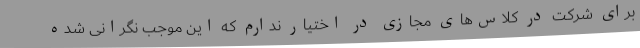
برای شرکت در کلاس‌های مجازی در اختیار ندارم که این موجب نگرانی شده